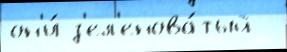
он'и́ з'ел'енова́тый